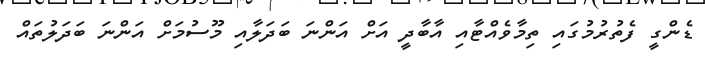
ޑެންގީ ފެތުރުމުގައި ތިމާވެއްޓާއި އާބާދީ އަށް އަންނަ ބަދަލާއި މޫސުމަށް އަންނަ ބަދަލުތައް